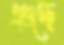
এগুচ্ছে